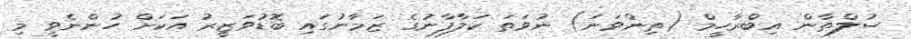
ސުލްޠާން އިބްރާހީމް (ތިންވަނަ) ނުވަތަ ކަލާފާނުގެ ޒަމާނުގައި ބޮޑުވަޒީރު އަކަށް ހުންނެވީ މި